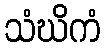
သံဃိကံ